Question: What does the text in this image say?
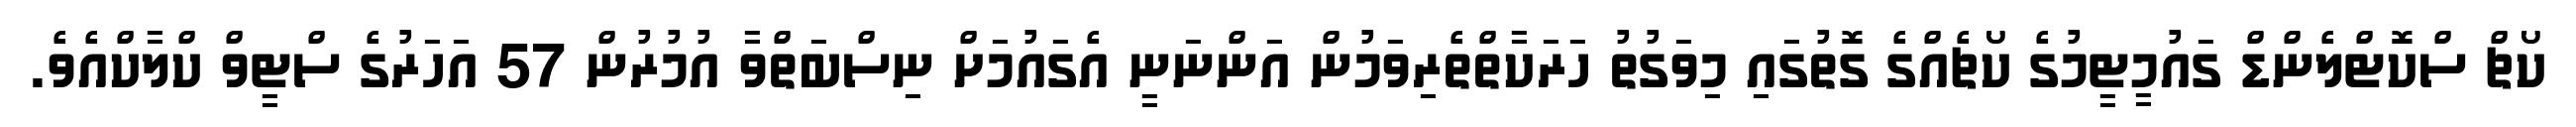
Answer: ކޯޗް ސްކޮޓްލެންޑް ގައުމީޓީމުގެ ކޯޗެއްގެ ގޮތުގައި މިވަގުތު ހަރަކާތްތެރިވަމުން އަންނަނީ އެގައުމަށް ނިސްބަތްވާ އުމުރުން 57 އަހަރުގެ ސްޓީވް ކްލާކްއެވެ.